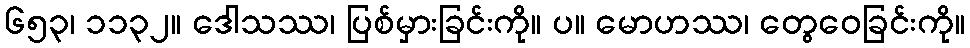
၆၅၃၊ ၁၁၃၂။ ဒေါသဿ၊ ပြစ်မှားခြင်းကို။ ပ။ မောဟဿ၊ တွေဝေခြင်းကို။